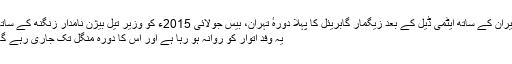
ایران کے ساتھ ایٹمی ڈیل کے بعد زیگمار گابریئل کا پہلا دورہٴ تہران، بیس جولائی 2015ء کو وزیر تیل بیژن نامدار زنگنه کے ساتھ
یہ وفد اتوار کو روانہ ہو رہا ہے اور اس کا دورہ منگل تک جاری رہے گا۔